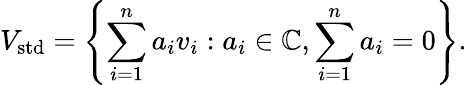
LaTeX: V_{\mathrm{std}}=\left\{ \sum_{i=1}^{n}a_{i}v_{i}:a_{i}\in\mathbb{C},\sum_{i=1}^{n}a_{i}=0\right\} .